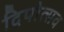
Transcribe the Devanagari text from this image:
दिपोत्सव